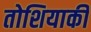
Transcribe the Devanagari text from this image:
तोशियाकी